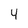
Character: 4